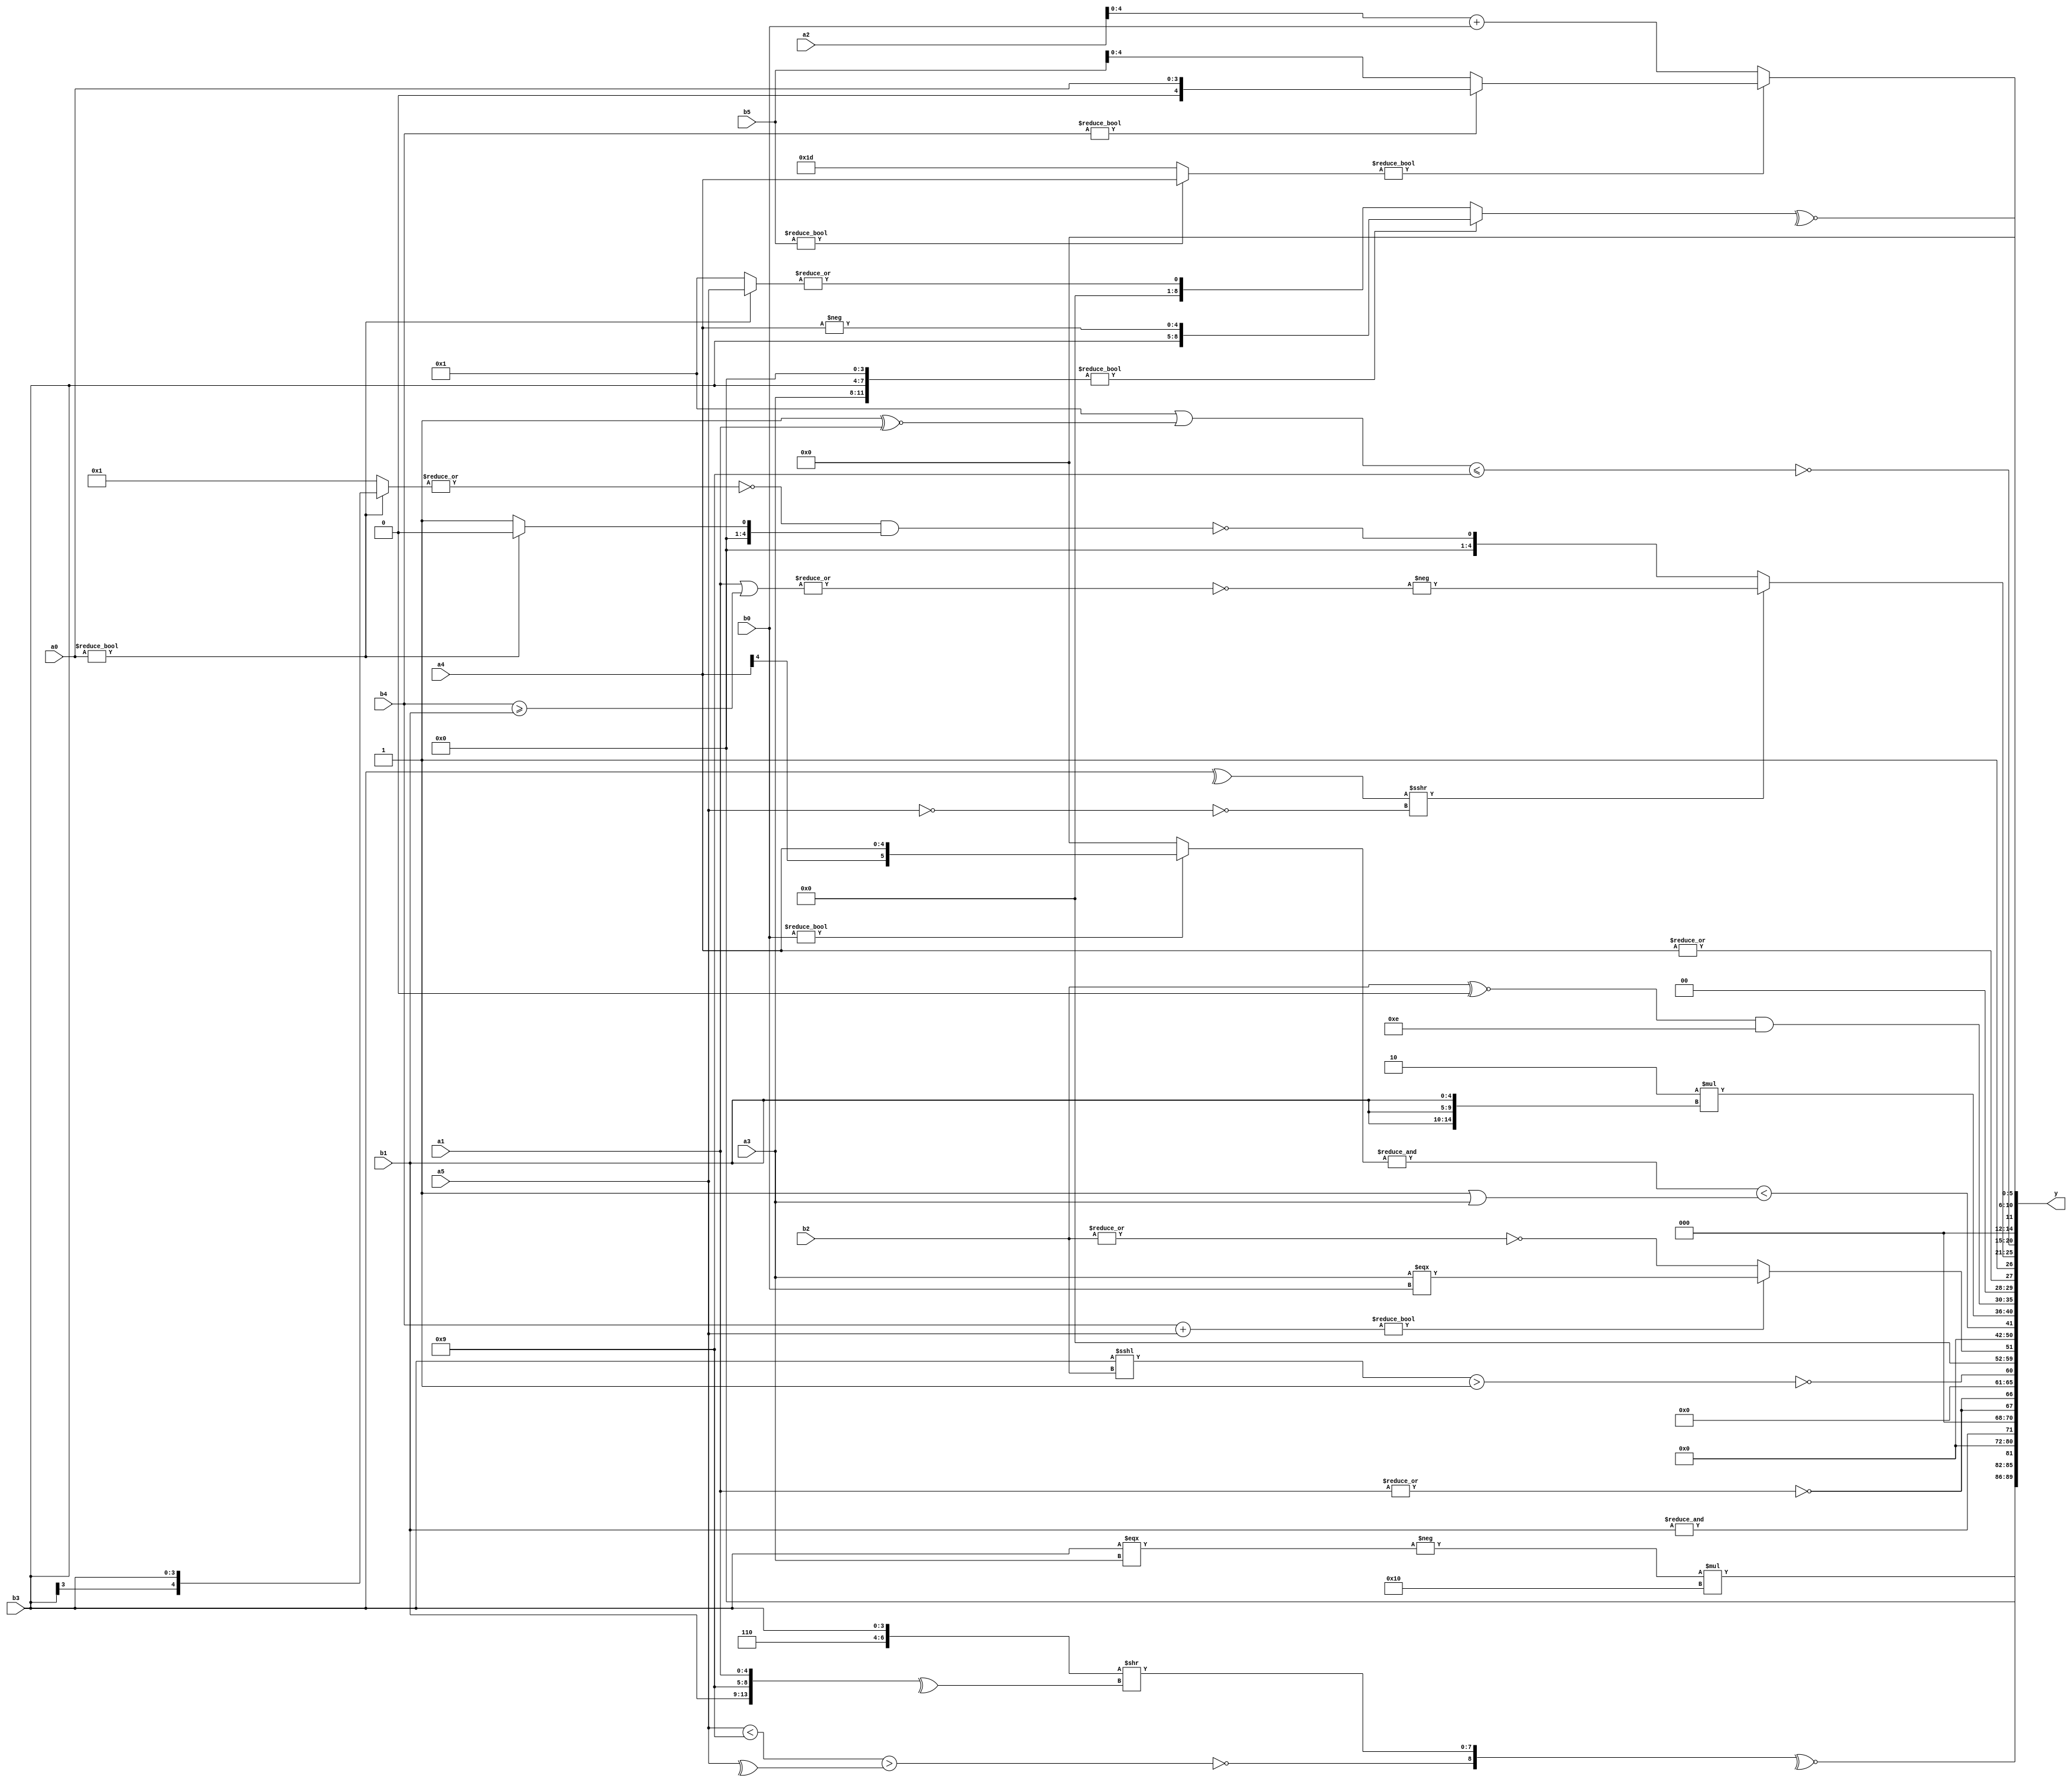
module expression_00513(a0, a1, a2, a3, a4, a5, b0, b1, b2, b3, b4, b5, y);
  input [3:0] a0;
  input [4:0] a1;
  input [5:0] a2;
  input signed [3:0] a3;
  input signed [4:0] a4;
  input signed [5:0] a5;

  input [3:0] b0;
  input [4:0] b1;
  input [5:0] b2;
  input signed [3:0] b3;
  input signed [4:0] b4;
  input signed [5:0] b5;

  wire [3:0] y0;
  wire [4:0] y1;
  wire [5:0] y2;
  wire signed [3:0] y3;
  wire signed [4:0] y4;
  wire signed [5:0] y5;
  wire [3:0] y6;
  wire [4:0] y7;
  wire [5:0] y8;
  wire signed [3:0] y9;
  wire signed [4:0] y10;
  wire signed [5:0] y11;
  wire [3:0] y12;
  wire [4:0] y13;
  wire [5:0] y14;
  wire signed [3:0] y15;
  wire signed [4:0] y16;
  wire signed [5:0] y17;

  output [89:0] y;
  assign y = {y0,y1,y2,y3,y4,y5,y6,y7,y8,y9,y10,y11,y12,y13,y14,y15,y16,y17};

  localparam [3:0] p0 = (2'sd0);
  localparam [4:0] p1 = ((5'd30)==(6'd2 * ((3'd3)<<(5'd22))));
  localparam [5:0] p2 = {(((3'd0)?(3'd6):(-3'sd2))>>>(5'd2 * (4'd6)))};
  localparam signed [3:0] p3 = (({(2'd1)}&((4'sd1)?(3'd2):(-3'sd0)))<(3'd3));
  localparam signed [4:0] p4 = (-4'sd3);
  localparam signed [5:0] p5 = (4'sd0);
  localparam [3:0] p6 = (&((((3'sd3)?(2'd2):(4'sd0))||(!(5'd24)))?((-2'sd1)?(5'sd5):(5'sd4)):(2'd2)));
  localparam [4:0] p7 = (5'sd14);
  localparam [5:0] p8 = (~&(-(~^(~^(~^(5'sd9))))));
  localparam signed [3:0] p9 = {(5'd29),(-4'sd1),(5'd22)};
  localparam signed [4:0] p10 = (^(~|(~|((4'd12)!==(-5'sd14)))));
  localparam signed [5:0] p11 = (~|(((3'd5)||(2'd2))*(-4'sd5)));
  localparam [3:0] p12 = (-4'sd7);
  localparam [4:0] p13 = (!{3{{4{(-4'sd6)}}}});
  localparam [5:0] p14 = (+{2{((-4'sd3)==(3'sd1))}});
  localparam signed [3:0] p15 = ((&(5'd24))<=(~^(-5'sd6)));
  localparam signed [4:0] p16 = (-4'sd2);
  localparam signed [5:0] p17 = {4{{(2'd0),(4'd14),(2'd3)}}};

  assign y0 = $unsigned(($signed(((-(b3===a3))*$signed((5'd16))))));
  assign y1 = (~^{(+(~^((a5<p12)>(^a5)))),({{p9,b3}}>>(^{b1,p12,a1}))});
  assign y2 = (&(5'sd12));
  assign y3 = (&b1);
  assign y4 = {2{(~^(^(|a1)))}};
  assign y5 = (~^((b3<<<b2)>(|(!p13))));
  assign y6 = (2'd0);
  assign y7 = ((b4+a5)?(a3===b0):(~&(|b2)));
  assign y8 = ({{p6,p12,p10}}<<(p10?p12:p13));
  assign y9 = ((&(b0?a4:p5))<((p4!=p3)||{a3}));
  assign y10 = {1{(((b2?p5:p16)!={3{p3}})?(5'd2 * {3{b1}}):((p11?p16:p12)?{1{a5}}:(p11?p12:p9)))}};
  assign y11 = {3{((b2^~p6)&$signed((p7)))}};
  assign y12 = {((p10^p12)&{(b1|p4)}),({p2,p0,p2}^{1{(|a4)}}),{(~|(+(&(a1?a1:p5))))}};
  assign y13 = (((-(^b3))>>>(~(~a5)))?(-(~|$unsigned(((p8?p0:a1)|(b4>=b1))))):(~&((~|(a0?b3:p10))&&$signed((a0?p6:p10)))));
  assign y14 = (+(~(((p5?p11:p3)||{(p10^~a1)})<=((p4==p2)?(p17?p8:p17):$unsigned((p12))))));
  assign y15 = {(-(&(&{(~^({a3,b3,p6}?{{b3},(-a4)}:(|(a0?a5:p15))))})))};
  assign y16 = ((~&(~|(!(4'sd4))))?((&a1)?(|a3):(5'sd4)):((b5?a4:p4)?(b4?a0:b5):(a2+b0)));
  assign y17 = ((p4?p0:p10)*(p8));
endmodule